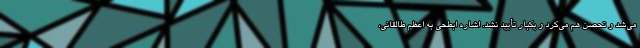
می‌شد و تحصن هم می‌کرد و یکبار تأیید نشد. اشاره ابطحی به اعظم طالقانی،